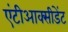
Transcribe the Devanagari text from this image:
एंटीआक्सीडेंट